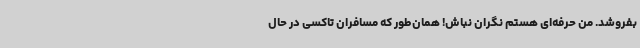
بفروشد. من حرفه‌ای هستم نگران نباش! همان‌طور که مسافران تاکسی در حال